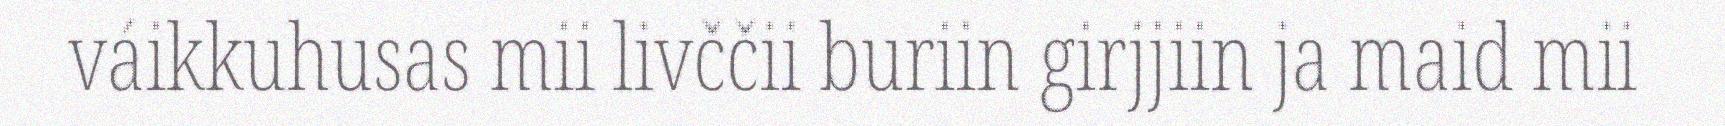
váikkuhusas mii livččii buriin girjjiin ja maid mii